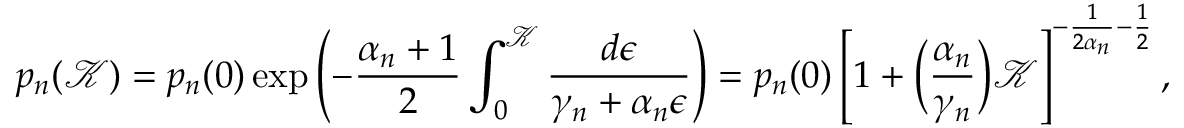
p _ { n } ( \mathcal { K } ) = p _ { n } ( 0 ) \exp \left( - \frac { \alpha _ { n } + 1 } { 2 } \int _ { 0 } ^ { \mathcal { K } } \frac { d \epsilon } { \gamma _ { n } + \alpha _ { n } \epsilon } \right) = p _ { n } ( 0 ) \left[ 1 + \Big ( \frac { \alpha _ { n } } { \gamma _ { n } } \Big ) \mathcal { K } \right] ^ { - \frac { 1 } { 2 \alpha _ { n } } - \frac { 1 } { 2 } } ,